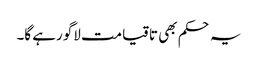
یہ حکم بھی تاقیامت لاگو رہے گا۔